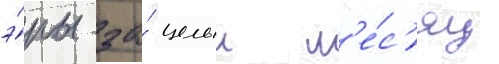
э́ры за́ целыи м'е́с'яц